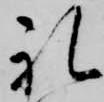
礼